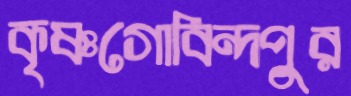
কৃষ্ণগোবিন্দপুর